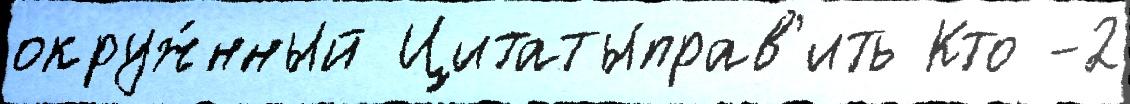
окруж́нный Цитатыправ'ить Кто -2